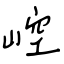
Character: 崆